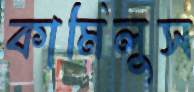
কামিলুস